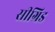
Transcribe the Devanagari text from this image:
सीग्रिड